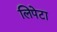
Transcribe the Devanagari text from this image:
लिपेटा